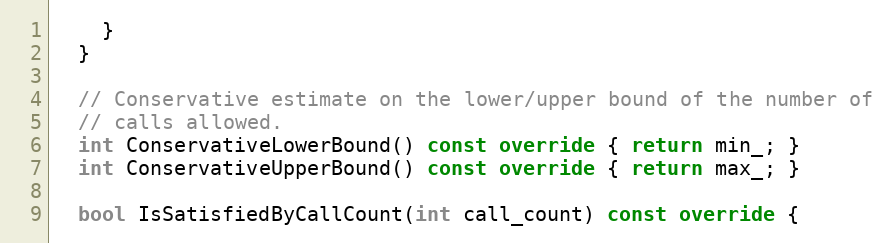
Language: C++
    }
  }

  // Conservative estimate on the lower/upper bound of the number of
  // calls allowed.
  int ConservativeLowerBound() const override { return min_; }
  int ConservativeUpperBound() const override { return max_; }

  bool IsSatisfiedByCallCount(int call_count) const override {